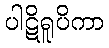
ပါဋိရူပိကာ